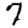
Digit: 7